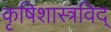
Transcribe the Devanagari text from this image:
कृषिशास्त्रविद्